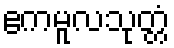
ဧကမူလသုတ္တံ